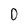
Character: D